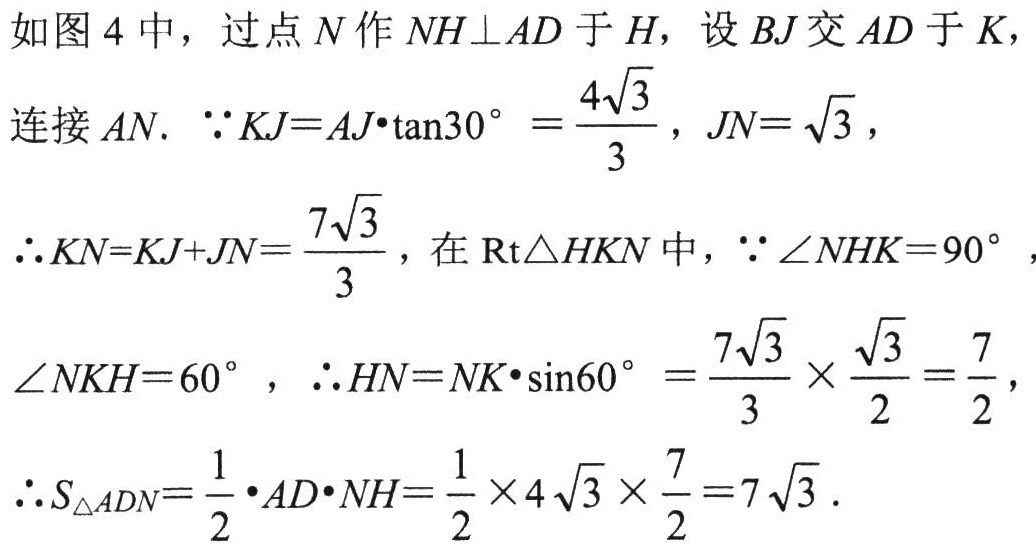
如图 4 中，过点$N$作$NH\perp AD$于$H$，设$BJ$交$AD$于$K$，
连接$AN$. $\because KJ = AJ\cdot\tan30^{\circ}=\frac{4\sqrt{3}}{3}$，$JN = \sqrt{3}$，
$\therefore KN=KJ + JN=\frac{7\sqrt{3}}{3}$，在$\mathrm{Rt}\triangle HKN$中，$\because\angle NHK = 90^{\circ}$，
$\angle NKH = 60^{\circ}$，$\therefore HN = NK\cdot\sin60^{\circ}=\frac{7\sqrt{3}}{3}\times\frac{\sqrt{3}}{2}=\frac{7}{2}$，
$\therefore S_{\triangle ADN}=\frac{1}{2}\cdot AD\cdot NH=\frac{1}{2}\times4\sqrt{3}\times\frac{7}{2}=7\sqrt{3}$.